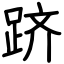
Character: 跻